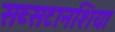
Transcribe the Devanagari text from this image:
सब्सटानशिया